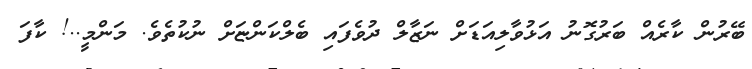
ބޭރުން ކާރެއް ބަރުގޮނު އަޅުވާލިއަޑަށް ނަޒާލް ދުވެފައި ބެލްކަންޏަށް ނުކުތެވެ. މަންމީ..! ކާފަ